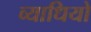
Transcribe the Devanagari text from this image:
व्याधियो